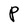
Character: P